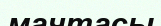
мачтасы